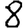
Digit: 8